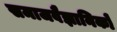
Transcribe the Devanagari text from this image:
समाजवैज्ञानिकों